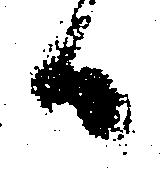
候